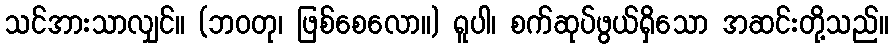
သင်အားသာလျှင်။ (ဘဝတု၊ ဖြစ်စေလော။) ရူပါ၊ စက်ဆုပ်ဖွယ်ရှိသော အဆင်းတို့သည်။